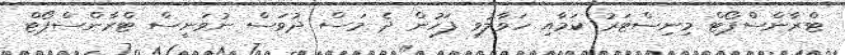
ޓްރާންސްޕޯޓް މިނިސްޓަރު ކަމާއި ހަވާލުވި ފަހުން ދެ މަސް ދުވަސް ނުވަނީސް ޓްރާންސްޕޯޓް